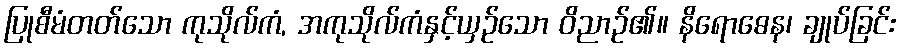
ပြုစီမံတတ်သော ကုသိုလ်ကံ, အကုသိုလ်ကံနှင့်ယှဉ်သော ဝိညာဉ်၏။ နိရောဓေန၊ ချုပ်ခြင်း